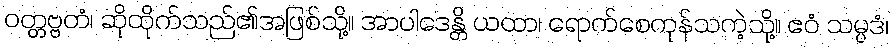
ဝတ္တဗ္ဗတံ၊ ဆိုထိုက်သည်၏အဖြစ်သို့။ အာပါဒေန္တိ ယထာ၊ ရောက်စေကုန်သကဲ့သို့။ ဧဝံ သမ္ပဒံ၊